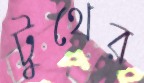
টুথের